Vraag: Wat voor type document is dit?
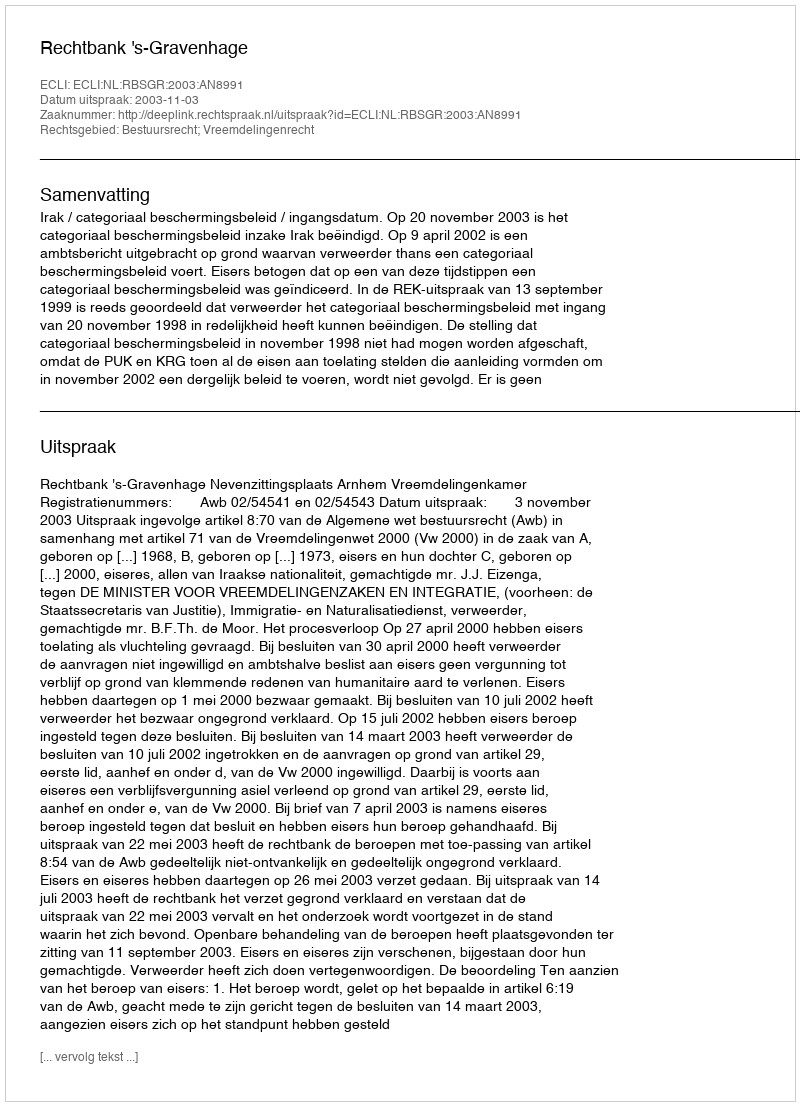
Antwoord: Uitspraak